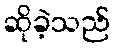
ဆိုခဲ့သည်